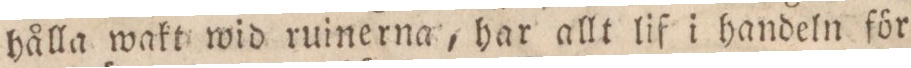
hålla wakt wid ruinerna, har allt lif i handeln för